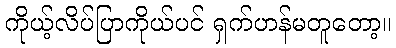
ကိုယ့်လိပ်ပြာကိုယ်ပင် ရှက်ဟန်မတူတော့။